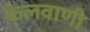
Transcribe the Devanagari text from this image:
केलवाणी